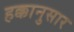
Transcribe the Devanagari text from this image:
हक्कानुसार